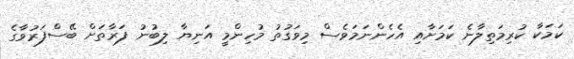
ކަމަކާ ކުރިމަތިލާނެ ކަަމަށާއި އެހެންނަަމަވެސް މިވަގުތު މުހިންމީ އަނިޔާ ލިބުނު ފަރާތަށް ބޭސްފަރުވާގެ